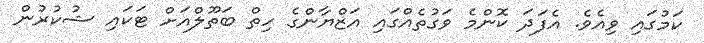
ކަމުގައި ވިއެވެ. އެފަދަ ކޮންމެ ވަގުތެއްގައި އަޒްޔާންގެ ހިތް ބަތޫލްއަށް ޓަކައި ޝުކުރުން